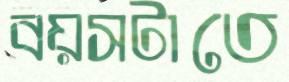
বয়সটাতে